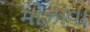
મોઝાવા